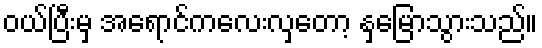
ဝယ်ပြီးမှ အရောင်ကလေးလှတော့ နှမြောသွားသည်။